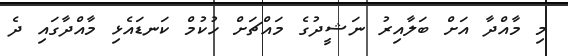
މި މާއްދާ އަށް ބަލާއިރު ނަޝީދުގެ މައްޗަށް ހުކުމް ކަނޑައެޅި މާއްދާގައި ދެ